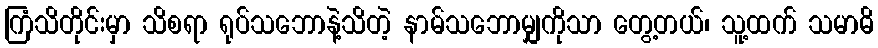
ကြံသိတိုင်းမှာ သိစရာ ရုပ်သဘောနဲ့သိတဲ့ နာမ်သဘောမျှကိုသာ တွေ့တယ်၊ သူ့ထက် သမာဓိ